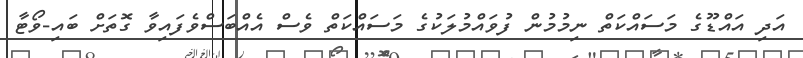
އަދި އައްޑޫގެ މަސައްކަތް ނިމުމުން ފުވައްމުލަކުގެ މަސައްކަތް ވެސް އެއްބަސްވެފައިވާ ގޮތަށް ބައި-ވޯޓާ